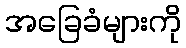
အခြေခံများကို